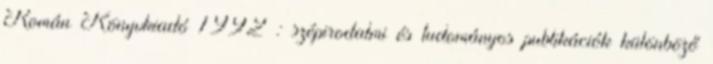
Román Könyvkiadó 1992 : szépirodalmi és tudományos publikációk különböző